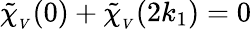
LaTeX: \mathinner{\tilde{\chi}_{_V}\mathopen{\left(0\right)}}+\mathinner{\tilde{\chi}_{_V}\mathopen{\left(2k_{1}\right)}}=0